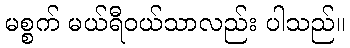
မစ္စက် မယ်ရီဝယ်သာလည်း ပါသည်။